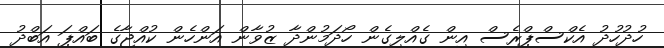
ހުދުހުދު އެކްސްޕްރެސް އިން ގެއްލިގެން ހޯދަމުންދާ ޒުވާން އަންހެން ކުއްޖާގެ ބައްޕަ އަބްދު